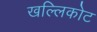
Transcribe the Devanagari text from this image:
खल्लिकोट